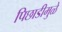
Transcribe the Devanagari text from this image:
पिछाडीमुळे